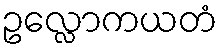
ဥလ္လောကယတံ